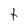
Character: t